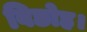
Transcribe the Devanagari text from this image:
विछोह।